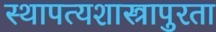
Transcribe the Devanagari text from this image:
स्थापत्यशास्त्रापुरता